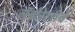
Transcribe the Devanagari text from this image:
लॅबोरेटरीचे